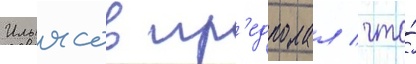
Ильясов пр'едполал / что́